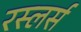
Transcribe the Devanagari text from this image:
रस्लर्स